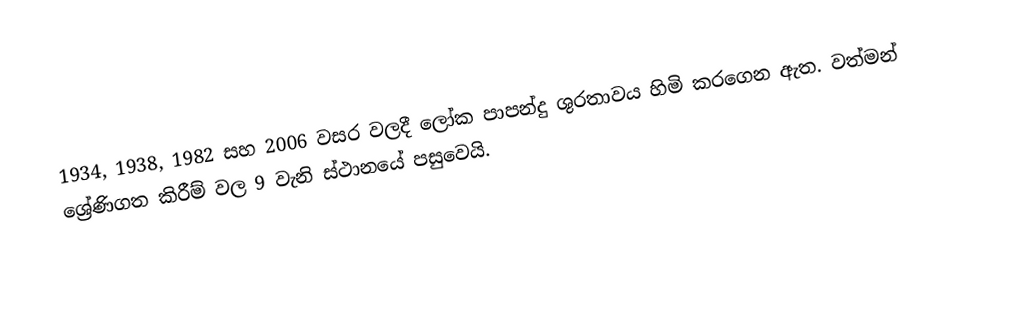
1934, 1938, 1982 සහ 2006 වසර වලදී ලෝක පාපන්දු ශුරතාවය හිමි කරගෙන ඇත. වත්මන් ශ්‍රේණිගත කිරීම් වල 9 වැනි ස්ථානයේ පසුවෙයි.